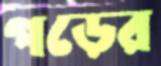
পড়ের